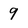
Character: 9